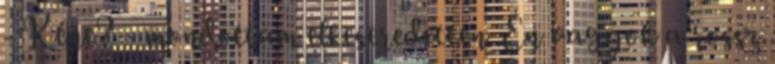
- Kéne? - mondottam elkeseredetten. Én vagyok a rossz